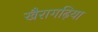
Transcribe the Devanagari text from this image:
खैरागढ़िया